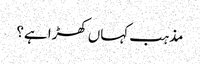
مذہب کہاں کھڑا ہے؟